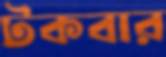
টকবার